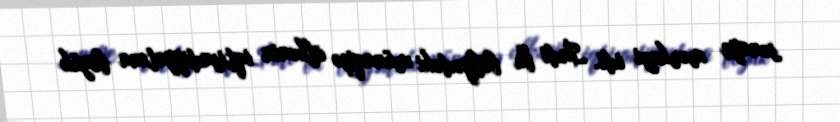
sənaye mərkəzi idi. İndi bu bölgədəki münaqişə ölkənin iqtisadiyyatına böyük